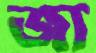
জ্য